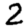
Digit: 2